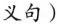
义句)